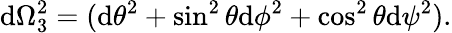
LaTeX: \mathrm{d}\Omega_{3}^{2}=(\mathrm{d}\theta^{2}+\sin^{2}\theta\mathrm{d}\phi^{2}+\cos^{2}\theta\mathrm{d}\psi^{2}).